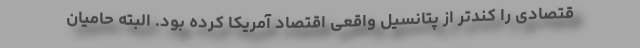
قتصادی را کندتر از پتانسیل واقعی اقتصاد آمریکا کرده بود. البته حامیان